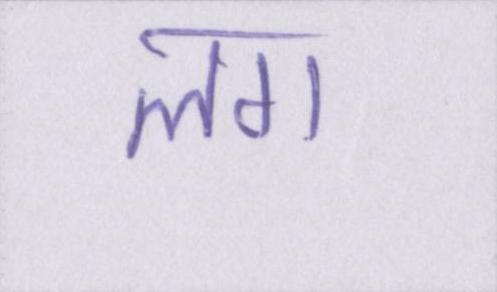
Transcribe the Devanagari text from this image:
लग